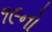
૧૯નો